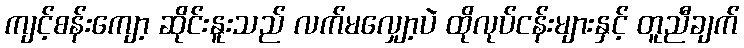
ကျင့်စန်းကျော့ ဆိုင်းနူးသည် လက်မလျှော့ပဲ ထိုလုပ်ငန်းများနှင့် တူညီချက်